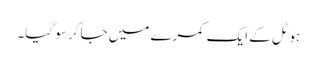
ہوٹل کے ایک کمرے میں جاکر سو گیا۔